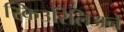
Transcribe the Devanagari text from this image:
स्किउरिलिअने